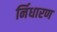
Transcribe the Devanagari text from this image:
र्निधारण